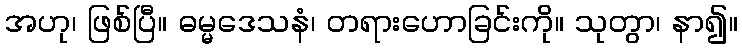
အဟု၊ ဖြစ်ပြီ။ ဓမ္မဒေသနံ၊ တရားဟောခြင်းကို။ သုတွာ၊ နာ၍။